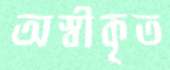
অস্বীকৃত